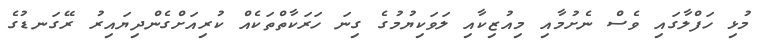
މުޅި ހަފްލާގައި ވެސް ނެށުމާއި މިއުޒިކާއި ލަވަކިޔުމުގެ ގިނަ ހަރަކާތްތަކެއް ކުރިއަށްގެންދިޔައިރު ރޭގަނޑުގެ